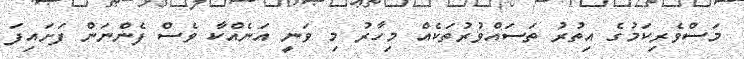
މަސްވެރިކަމުގެ އިތުރު ތަސައްވުރުތަކެއް މިހާރު މި ވަނީ އަނެއްކާ ވެސް ފެންނަން ފަށައިފަ